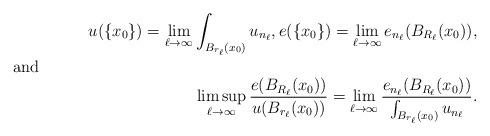
LaTeX: \begin{align*}u(\{x_0\})=\lim_{\ell\to\infty}\int_{B_{r_\ell}(x_0)}u_{n_\ell}, e(\{x_0\}) = \lim_{\ell\to\infty} e_{n_\ell}(B_{R_\ell}(x_0)),\\\shortintertext{and}\limsup_{\ell\to\infty}\frac{e(B_{R_\ell}(x_0))}{u(B_{r_\ell}(x_0))}=\lim_{\ell\to\infty}\frac{e_{n_\ell}(B_{R_\ell}(x_0))}{\int_{B_{r_\ell}(x_0)}u_{n_\ell}}.\end{align*}